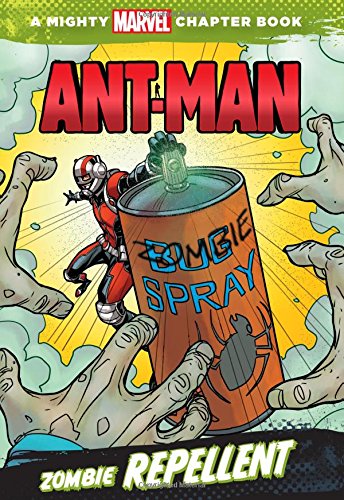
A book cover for Ant-Man: Zombie Repellent: A Mighty Marvel Chapter Book (A Marvel Chapter Book); Marvel Book Group; Children's Books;